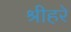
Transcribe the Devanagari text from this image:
श्रीहरे